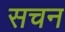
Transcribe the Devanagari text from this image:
सचन